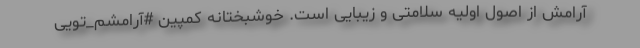
آرامش از اصول اولیه سلامتی و زیبایی است. خوشبختانه کمپین #آرامشم_تویی